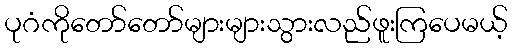
ပုဂံကိုတော်တော်များများသွားလည်ဖူးကြပေမယ့်